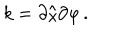
LaTeX: k = \partial / \partial \varphi \, .